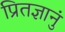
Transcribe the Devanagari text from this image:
प्रितज्ञानुं